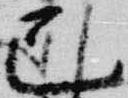
己